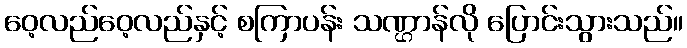
ဝေ့လည်ဝေ့လည်နှင့် စကြာပန်း သဏ္ဌာန်လို ပြောင်းသွားသည်။